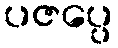
ပဇပ္ပေ